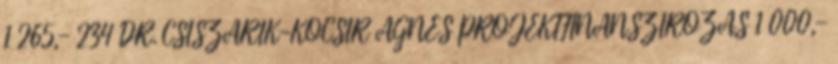
1 265,- 234 DR. CSISZÁRIK-KOCSIR ÁGNES PROJEKTFINANSZÍROZÁS 1 000,-